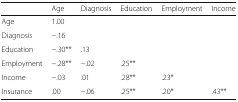
|  | Age | Diagnosis | Education | Employment | Income |
 | --- | --- | --- | --- | --- | --- |
 | Age | 1.00 |  |  |  |  |
 | Diagnosis | −.16 |  |  |  |  |
 | Education | −.30** | .13 |  |  |  |
 | Employment | −.28** | −.02 | .25** |  |  |
 | Income | −.03 | .01 | .28** | .23* |  |
 | Insurance | .00 | −.06 | .25** | .20* | .43** |